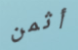
أثمن